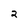
Character: 2